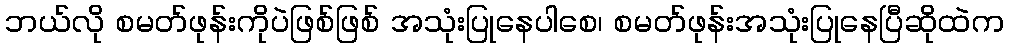
ဘယ်လို စမတ်ဖုန်းကိုပဲဖြစ်ဖြစ် အသုံးပြုနေပါစေ၊ စမတ်ဖုန်းအသုံးပြုနေပြီဆိုထဲက